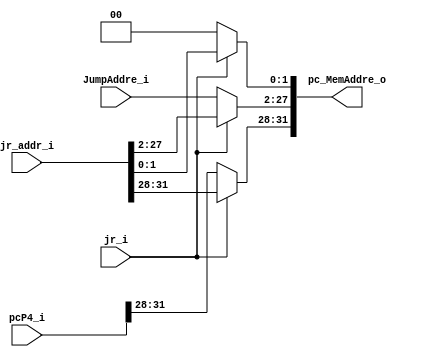
`timescale 1ns / 1ps
//////////////////////////////////////////////////////////////////////////////////
// Company: 
// Engineer: 
// 
// Design Name: 
// Module Name:    JumpAddre_toMemAddre 
// Project Name: 
// Target Devices: 
// Tool versions: 
// Description: 
//
// Dependencies: 
//
// Revision: 
// Revision 0.01 - File Created
// Additional Comments: 
//
//////////////////////////////////////////////////////////////////////////////////
module JumpAddre_toMemAddre(
		jr_i,
		jr_addr_i,
		pcP4_i,
		JumpAddre_i,
		pc_MemAddre_o
    );
input				jr_i;
input 	[32-1:0]	jr_addr_i;
input 	[32-1:0]	pcP4_i;
input 	[26-1:0]	JumpAddre_i;
output 	[32-1:0]	pc_MemAddre_o;

reg [32-1:0] pc_MemAddre_o;

always @(*) begin
	if (jr_i) 
		pc_MemAddre_o = jr_addr_i ;	
	else begin
		pc_MemAddre_o[31:28] = pcP4_i[31:28];
		pc_MemAddre_o[27:2] = JumpAddre_i[26-1:0];
		pc_MemAddre_o[1:0] = 2'b00;
	end
end

endmodule